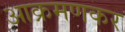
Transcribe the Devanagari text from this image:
आक्रमणकर